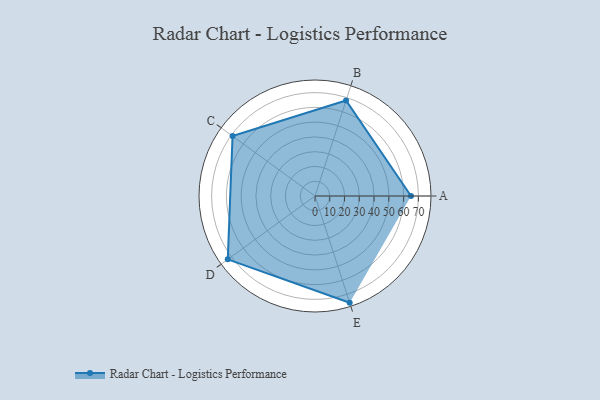
{"axis": {"x": "Skill", "y": "Score"}, "legend": ["Profile"], "data": [{"x": "A", "y": 65.0, "type": "Profile"}, {"x": "B", "y": 68.0, "type": "Profile"}, {"x": "C", "y": 69.0, "type": "Profile"}, {"x": "D", "y": 73.0, "type": "Profile"}, {"x": "E", "y": 76.0, "type": "Profile"}]}